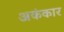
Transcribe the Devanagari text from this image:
अकंकार